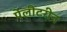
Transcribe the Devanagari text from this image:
पेलीटरीन